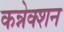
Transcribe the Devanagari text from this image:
कन्नेक्शन